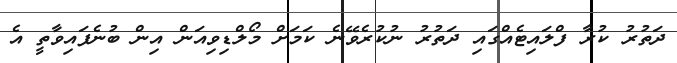
ދަތުރު ކުރާ ފްލައިޓެއްގައި ދަތުރު ނުކުރެވޭނެ ކަމަށް މޯލްޑިވިއަން އިން ބުނެފައިވާތީ އެ